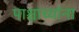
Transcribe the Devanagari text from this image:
पाश्चाच्यांना